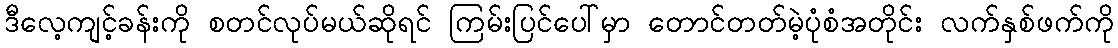
ဒီလေ့ကျင့်ခန်းကို စတင်လုပ်မယ်ဆိုရင် ကြမ်းပြင်ပေါ်မှာ တောင်တတ်မဲ့ပုံစံအတိုင်း လက်နှစ်ဖက်ကို